Report of the Indian Hemp Drugs Commission, 1894-1895 - Volume IV
Year: 1894
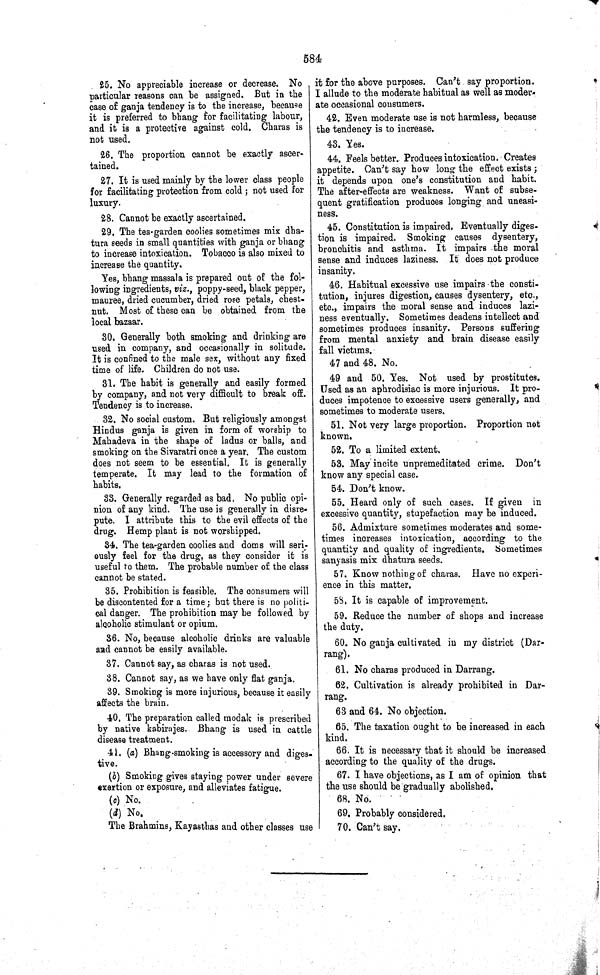
584
25. No appreciable increase or decrease. No
particular reasons can be assigned. But in the
case of ganja tendency is to the increase, because
it is preferred to bhang for facilitating labour,
and it is a protective against cold. Charas is
not used.
26. The proportion cannot be exactly ascer-
tained.
27. It is used mainly by the lower class people
for facilitating protection from cold; not used for
luxury.
28. Cannot be exactly ascertained.
29. The tea-garden coolies sometimes mix dha-
tura seeds in small quantities with ganja or bhang
to increase intoxication. Tobacco is also mixed to
increase the quantity.
Yes, bhang massala is prepared out of the fol-
lowing ingredients, viz., poppy-seed, black pepper,
mauree, dried cucumber, dried rose petals, chest-
nut. Most of these can be obtained from the
local bazaar.
30. Generally both smoking and drinking are
used in company, and occasionally in solitude.
It is confined to the male sex, without any fixed
time of life. Children do not use.
31. The habit is generally and easily formed
by company, and not very difficult to break off.
Tendency is to increase.
32. No social custom. But religiously amongst
Hindus ganja is given in form of worship to
Mahadeva in the shape of ladus or balls, and
smoking on the Sivaratri once a year. The custom
does not seem to be essential. It is generally
temperate. It may lead to the formation of
habits.
33. Generally regarded as bad. No public opi-
nion of any kind. The use is generally in disre-
pute. I attribute this to the evil effects of the
drug. Hemp plant is not worshipped.
34. The tea-garden coolies and doms will seri-
ously feel for the drug, as they consider it is
useful to them. The probable number of the class
cannot be stated.
35. Prohibition is feasible. The consumers will
be discontented for a time; but there is no politi-
cal danger. The prohibition may be followed by
alcoholic stimulant or opium.
36. No, because alcoholic drinks are valuable
and cannot be easily available.
37. Cannot say, as charas is not used.
38. Cannot say, as we have only flat ganja.
39. Smoking is more injurious, because it easily
affects the brain.
40. The preparation called modak is prescribed
by native kabirajes. Bhang is used in cattle
disease treatment.
41. (a) Bhang-smoking is accessory and diges-
tive.
(b) Smoking gives staying power under severe
exertion or exposure, and alleviates fatigue.
(c) No.
(d) No.
The Brahmins, Kayasthas and other classes use
it for the above purposes. Can't say proportion.
I allude to the moderate habitual as well as moder-
ate occasional consumers.
42. Even moderate use is not harmless, because
the tendency is to increase.
43. Yes.
44. Feels better. Produces intoxication. Creates
appetite. Can't say how long the effect exists;
it depends upon one's constitution and habit.
The after-effects are weakness. Want of subse-
quent gratification produces longing and uneasi-
ness.
45. Constitution is impaired. Eventually diges-
tion is impaired. Smoking causes dysentery,
bronchitis and asthma. It impairs the moral
sense and induces laziness. It does not produce
insanity.
46. Habitual excessive use impairs the consti-
tution, injures digestion, causes dysentery, etc.,
etc., impairs the moral sense and induces lazi-
ness eventually. Sometimes deadens intellect and
sometimes produces insanity. Persons suffering
from mental anxiety and brain disease easily
fall victims.
47 and 48. No.
49 and 50. Yes. Not used by prostitutes.
Used as an aphrodisiac is more injurious. It pro-
duces impotence to excessive users generally, and
sometimes to moderate users.
51. Not very large proportion. Proportion not
known.
52. To a limited extent.
53. May incite unpremeditated crime. Don't
know any special case.
54. Don't know.
55. Heard only of such cases. If given in
excessive quantity, stupefaction may be induced.
56. Admixture sometimes moderates and some-
times increases intoxication, according to the
quantity and quality of ingredients. Sometimes
sanyasis mix dhatura seeds.
57. Know nothing of charas. Have no experi-
ence in this matter.
58. It is capable of improvement.
59. Reduce the number of shops and increase
the duty.
60. No ganja cultivated in my district (Dar-
rang).
61. No charas produced in Darrang.
62. Cultivation is already prohibited in Dar-
rang.
63 and 64. No objection.
65. The taxation ought to be increased in each
kind.
66. It is necessary that it should be increased
according to the quality of the drugs.
67. I have objections, as I am of opinion that
the use should be gradually abolished.
68. No.
69. Probably considered.
70. Can't say.